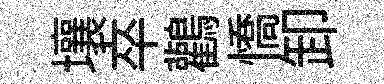
壤卒鸛憍卸